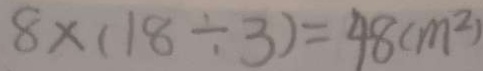
8 \times ( 1 8 \div 3 ) = 4 8 ( m ^ { 2 } )